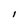
Character: I